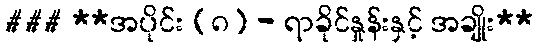
### **အပိုင်း (၈) - ရာခိုင်နှုန်းနှင့် အချိုး**